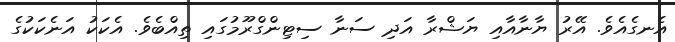
އެނގެއެވެ. އޭރު ޔާނާއާއި ޔަޝްރާ އަދި ސަނާ ސިޓިންގްރޫމުގައި ތިއްބެވެ. އެކަކު އަނެކަކުގެ